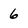
Character: 6